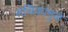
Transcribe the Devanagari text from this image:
संचिकांमुळे